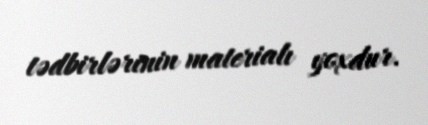
tədbirlərinin materialı yoxdur.